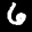
Label: 6